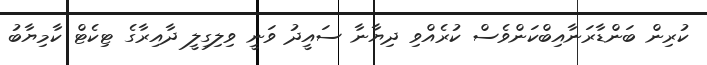
ކުރިން ބަންޑާރަނާއިބްކަންވެސް ކުރެއްވި ދިޔާނާ ސައީދު ވަނީ ވިލިގިލީ ދާއިރާގެ ޓިކެޓް ކާމިޔާބު